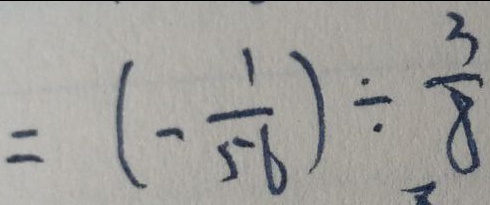
= ( - \frac { 1 } { 5 6 } ) \div \frac { 3 } { 8 }